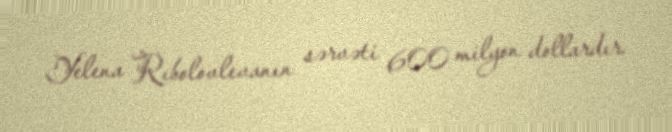
Yelena Rıbolovlevanın sərvəti 600 milyon dollardır.